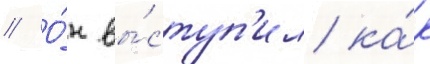
// О́н вы́ступ'ил ка́к